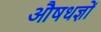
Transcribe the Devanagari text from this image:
औषधज्ञों